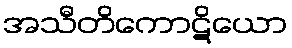
အသီတိကောဋိယော